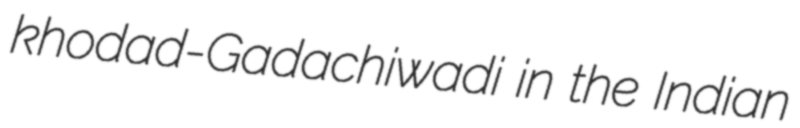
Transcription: khodad-Gadachiwadi in the Indian